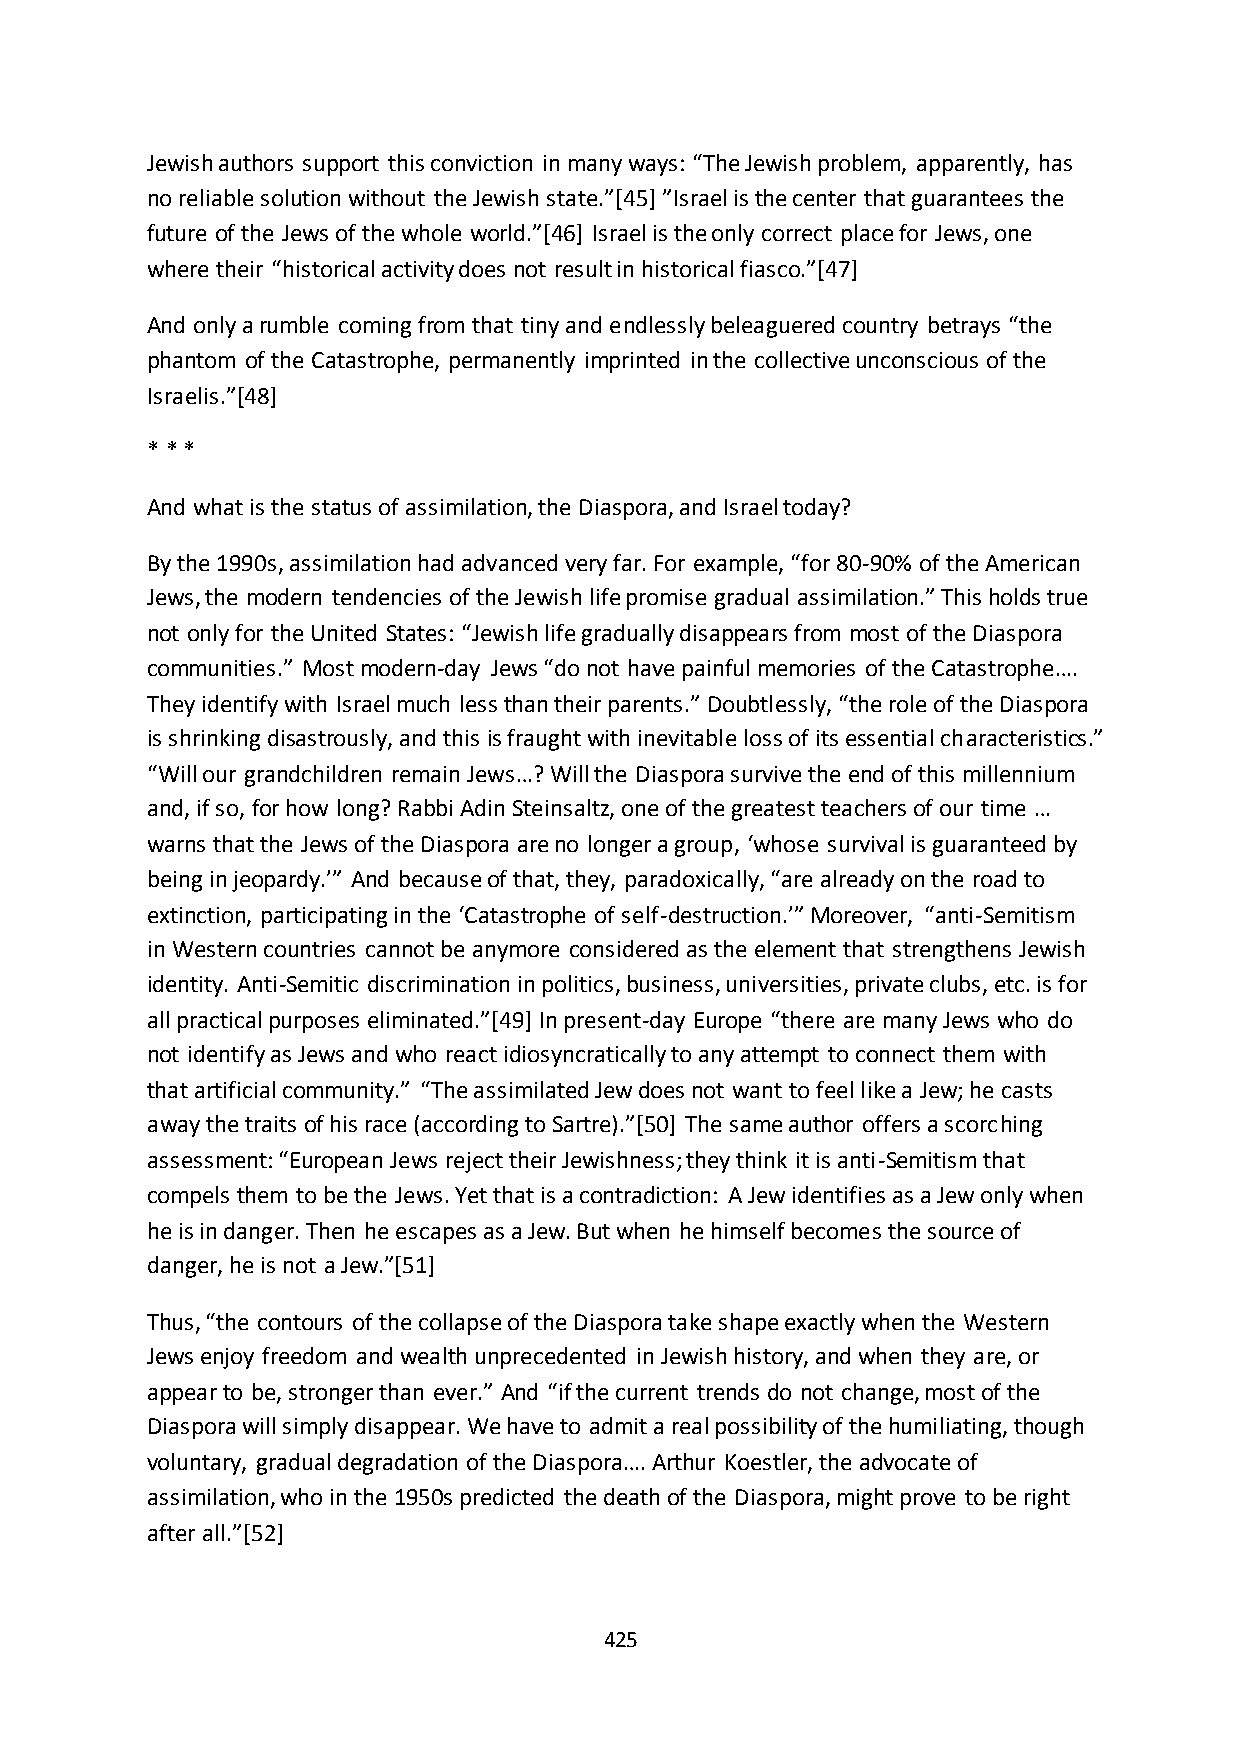
Jewish authors support this conviction in many ways: “The Jewish problem, apparently, has
 no reliable solution without the Jewish state.”*45+ ”Israel is the center that guarantees the
 future of the Jews of the whole world.”*46+ Israel is the only correct place for Jews, one
 where their “historical activity does not result in historical fiasco.”*47+
 And only a rumble coming from that tiny and endlessly beleaguered country betrays “the
 phantom of the Catastrophe, permanently imprinted in the collective unconscious of the
 Israelis.”*48+
 * * *
 And what is the status of assimilation, the Diaspora, and Israel today?
 By the 1990s, assimilation had advanced very far. For example, “for 80-90% of the American
 Jews, the modern tendencies of the Jewish life promise gradual assimilation.” This holds true
 not only for the United States: “Jewish life gradually disappears from most of the Diaspora
 communities.” Most modern-day Jews “do not have painful memories of the Catastrophe….
 They identify with Israel much less than their parents.” Doubtlessly, “the role of the Diaspora
 is shrinking disastrously, and this is fraught with inevitable loss of its essential characteristics.”
 “Will our grandchildren remain Jews…? Will the Diaspora survive the end of this millennium
 and, if so, for how long? Rabbi Adin Steinsaltz, one of the greatest teachers of our time …
 warns that the Jews of the Diaspora are no longer a group, ‘whose survival is guaranteed by
 being in jeopardy.’” And because of that, they, paradoxically, “are already on the road to
 extinction, participating in the ‘Catastrophe of self-destruction.’” Moreover, “anti-Semitism
 in Western countries cannot be anymore considered as the element that strengthens Jewish
 identity. Anti-Semitic discrimination in politics, business, universities, private clubs, etc. is for
 all practical purposes eliminated.”*49+ In present-day Europe “there are many Jews who do
 not identify as Jews and who react idiosyncratically to any attempt to connect them with
 that artificial community.” “The assimilated Jew does not want to feel like a Jew; he casts
 away the traits of his race (according to Sartre).”*50+ The same author offers a scorching
 assessment: “European Jews reject their Jewishness; they think it is anti-Semitism that
 compels them to be the Jews. Yet that is a contradiction: A Jew identifies as a Jew only when
 he is in danger. Then he escapes as a Jew. But when he himself becomes the source of
 danger, he is not a Jew.”*51+
 Thus, “the contours of the collapse of the Diaspora take shape exactly when the Western
 Jews enjoy freedom and wealth unprecedented in Jewish history, and when they are, or
 appear to be, stronger than ever.” And “if the current trends do not change, most of the
 Diaspora will simply disappear. We have to admit a real possibility of the humiliating, though
 voluntary, gradual degradation of the Diaspora…. Arthur Koestler, the advocate of
 assimilation, who in the 1950s predicted the death of the Diaspora, might prove to be right
 after all.”*52+
 425